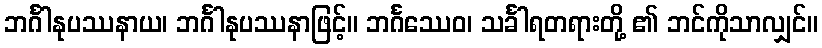
ဘင်္ဂါနုပဿနာယ၊ ဘင်္ဂါနုပဿနာဖြင့်။ ဘင်္ဂဿေဝ၊ သင်္ခါရတရားတို့ ၏ ဘင်ကိုသာလျှင်။